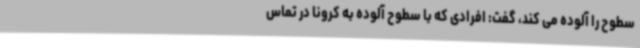
سطوح را آلوده می کند، گفت: افرادی که با سطوح آلوده به کرونا در تماس